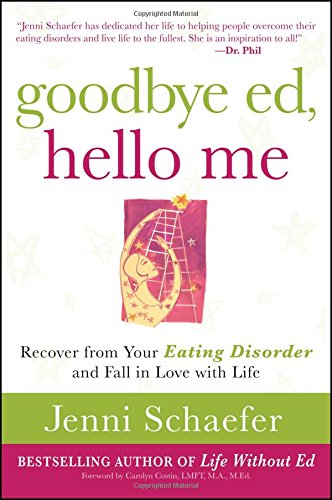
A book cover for Goodbye Ed, Hello Me: Recover from Your Eating Disorder and Fall in Love with Life; Jenni Schaefer; Self-Help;